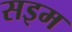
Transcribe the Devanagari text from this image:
सइम